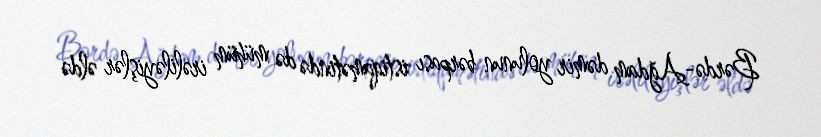
Bərdə-Ağdam dəmir yolunun bərpası istiqamətində də mühüm irəliləyişlər əldə